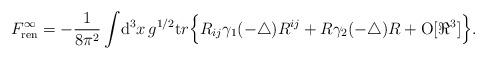
LaTeX: \begin{align*}{F}^{\infty}_{\mathrm{ren}} = - \frac1{8\pi^2} \int\! {\mathrm d}^3 x \, {g}^{1/2} {\mathrm tr}\Big\{ R_{i j } \gamma_1(-\triangle) R^{i j }+ R \gamma_2(-\triangle) R +{\mathrm{O}}[\Re^3]\Big\}. \end{align*}